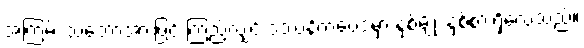
အကြမ်း သဘောအားဖြင့် ကြည့်လျှင် ဒဿနိကဗေဒမှာ နှစ်မျိုး နှစ်စားရှိလေသည်။